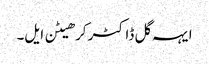
ایہہ گل ڈاکٹر کرھیٹن ایل۔